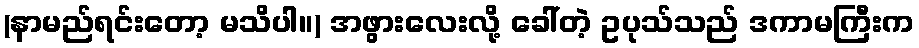
(နာမည်ရင်းတော့ မသိပါ။) အဖွားလေးလို့ ခေါ်တဲ့ ဥပုသ်သည် ဒကာမကြီးက